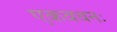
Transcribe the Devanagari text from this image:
एकवचनः